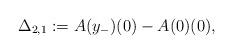
LaTeX: \begin{align*}\Delta_{2,1}:=A(y_-)(0)-A(0)(0),\end{align*}